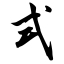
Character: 式